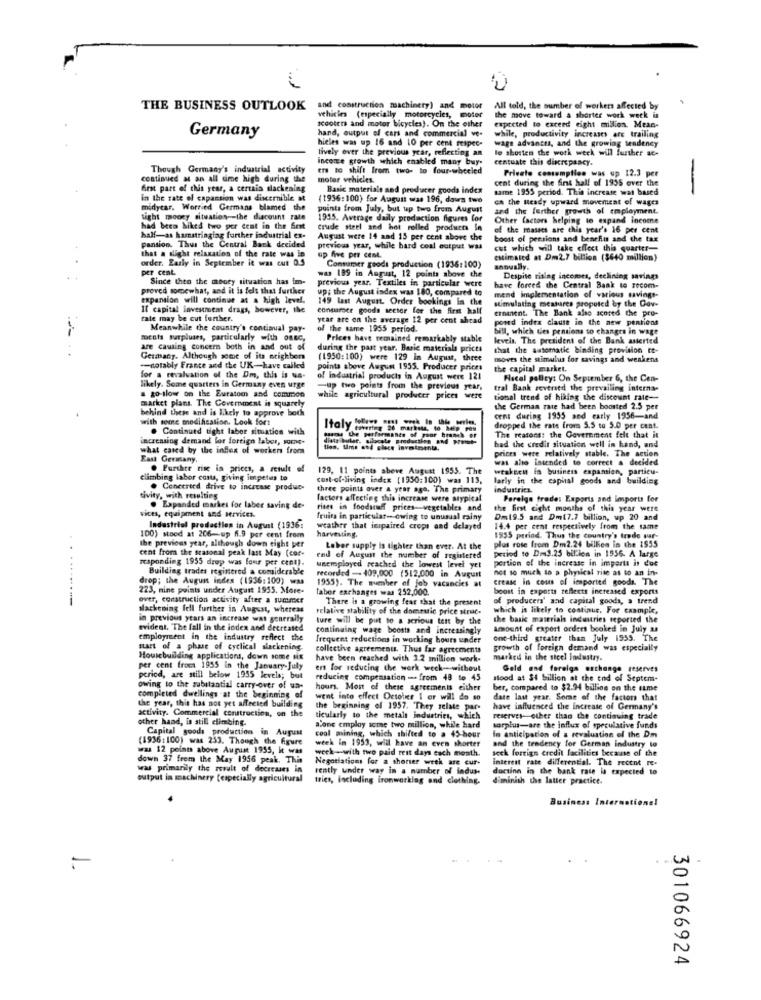
THE BUSINESS OUTLOOK
and construction machinery) and motor
All told, the sumber of workers affected by
vehicles (especially motorcycles, motor
the move toward a shorter work week in
expected to exceed eight million. Mean-
Germany
hand, output of cars and commercial ve-
scooter and motor bicycles). On the other
hicies was up 16 and 10 per cent respec-
while, productivity increases are trailing
wage advances, and the growing tendency
tively over the previous year, reflecting an
lo shorten the work week will further ac-
income growth which enabled many buy.
centuate this discrepancy.
Though Germany's industrial activity
ers to shift from two- to four-wheeled
Private consumption was up 12.3 per
continued at an all time high during the
motor vehicles.
cent during the fint hall of 1935 over the
Erst part of this year, a certain slackening
Basic materials and producer goods index
same 1955 period. This increate was based
-
in the rate of capansion was discernible at
(1936:100) for August was 196, dows two
on the Ready upward movement of wages
midycar. Worried Germans blamed the
points from July, but up two from August
and the further growth of employment
sight moory situation -- the discount rate
1955. Average daily production figures for
Other factors helping to expand income
had been hiked tro per cent in the Sont
Crude steel and hot rolled products In
of the masses are this year's 16 per cent
half-as hamstringing further industrial ex-
August were 14 and 15 per cent above the
boost of pensions and benefits and the tax
pansion. Thus the Central Bank decided
previous year, while hard ceal output was
cut which will take effect this quarter-
that a slight relaxation of the rate was in
order. Early in September it was cut 0.5
up five per cent.
estimated at Dm2.7 billion ($640 million)
per cent.
Consumer goods production (1936:100)
annually.
Since then the money situation has im-
previous year. Textiles in particular were
was 189 in August, 12 points above the
Despite rising incomes, declining savings
proved somewhat, and it is felt that further
up; the August index was 180, compared to
have forced the Central Bank to recom-
expansion will continue at a high level.
149 last August. Order bookings In the
stimulating measures propoted by the Gov-
mend implementation of various savings-
If capital investment drags, however, the
contarer goods sector for the first kalf
Ernanent. The Bank also scored the pro-
tate may be cut further.
year are on the average 12 per cent ahead
poard index clauss in the new pentions
Meanwhile the country's continual pay-
of the same 1955 period.
bill, which ties pensions to changes in wage
tocats surpluses, particularly with ossc,
Prices have remained remarkably stable
levels. The president of the Bank asterted
are causing concern both in and out of
during the past year. Basic materials prices
that the automatic binding provision re-
Germany, Although some of its neighbors
(1950:100) were 129 in August, three
moves the stimulus for savings and weakens
-notably France and the UK-have called
points above August 1955. Producer prices
the capital market.
for a revaluation of the Dm, this is ua-
of industrial products in August were 121
Fiscal policy: On September 6, the Cen-
likely. Some quarters in Germany even urge
- two points from the previous year.
tral Bank reversed the prevailing interna-
market plans. The Government is squarely
a go-slow on the Euratom and common
while agricultural producer prices were
tional trend of hiking the discount rate --
behind these and is likely to approve both
the German rate had been boosted 2.5 per
with some modification. Look fort
y lolleve nost week In thie perles.
cent during 1955 and early 1956-and
. Continued tight labor situation with
dropped the rate from 5.5 to 5.0 per cent.
increasing demand for foreign labor, som-
------
The reasons: the Government felt that it
what caned by the index of workers from
tien, Ums and place invaimenta.
bad the credit situation well in hand, and
prices were relatively stable. The action
East Germany.
was also Intended to correct a decided
. Further rise in prices, a result of
129, 11 points sbeve August 1955. The
weakseu in business expansion, particu-
climbing labor costs, giving impetus to
cost-of-living index [1930:100) was 113.
larly in the capital goods and building
. Concerted drive to increase produe-
three points over a year ago, The primary
industries.
tivity, with resulties
factors affecting this increase were atypical
Foreign trade: Exports and imports for
vices, equipment and services.
. Expanded market for laber saving de-
rises in foodstuff prices-vegetables and
the first eight months of this year were
fruits in particular- owing to unusual rainy
Dm19.5 and Dm(7.7 billion, up 20 and
Industrial production in August (1936:
weather that impaired crops and delayed
14.4 per cent respectively from the same
the previous year, although down eight per
100) stood at 206-up 6.9 por cent from
harvesting
1955 period. Thus the country's trade sur-
cent from the seasonal peak last May (cor-
Labor supply is tighter than ever. At the
plus rose from Dm2.24 billies in the 1955
period to Dos3.25 billion in 1936. A large
responding 1955 drop was four per cent).
end of August the number of registered
portion of the increase in impertt is due
Building trades registered a considerable
unemployed reached the lowest level yet
not so much to a physical rite as to an in-
drop; the August index (1936:100) was
recorded -- 409,000 (512,000 in August
crease in cous of imported goods. The
223, nine points under August 1955. More-
1955). The number of job vacancies at
Tabor exchanges was 252,000.
boost in exports reflects increased exports
over, construction activity after a summer
There is a growing fear that the present
of producers' and capital goods, a trend
slackening fell further in August, whereas
relative stability of the dometic price struc-
which is likely to continue, For example,
in previous years an increase was generally
ture will be put to a serious tett by the
the baile materials industries reported the
evident, The fall in the index and decreated
continuing wage boosts and increasingly
amount of export orders booked in July as
employment in the industry reflect the
frequent reductions in working hours under
ont-third greater than July 1555. The
mart of a phase of cyclical slackening.
collective agreements. Thus far agreements
growth of foreign demand was especially
Housebuilding applications, down some Mix
have been reached with 3.2 million work-
marked in the steel Industry.
per cent from 1955 in the January-July
ers for reducing the work week -- without
Gold and foreign exchange reserves
period, are still below 1955 levels; but
reducing compensation -- from 48 te 45
stood at $4 billion at the end of Septem-
owing to the substantial carry-over of ua-
hours. Most of these agreements either
ber, compared to $2.94 billion on the same
completed dwellings .at the beginning of
went into effect Octoins 1 or will do so
date last year. Some of the factors that
the year, this has not yet affected building
activity. Commercial construction, on the
the beginning of 1957. They selate par-
have influenced the increase of Germany's
other hand, is still climbing.
ticularly to the metal industries, which
reserver other than the continuing trade
Capital goods production in August
alone employ some two million, while hard
sorplus-are the influx of speculative funds
(1936:100) was 253. Though the figure
coal mining, which shifted to a 45 hour
in anticipation of a revaluation of the Dm
and the tendency for German industry lo
was 12 points above August 1955, it was
week in 1953, will have an even shorter
week-with two paid rest days each month.
seck foreign credit facilities because of the
down 37 frem the May 1956 peak. This
Negotiations for a shorter week are cur-
interest rate differential. The recent re-
was primarily the result of decreases in
rently under way in a number of indus.
doctinn in the bank rate is expected to
output in machinery (especially agricultural
tries, including ironworking and clothing.
diminish the latter practice.
Business International
301066924